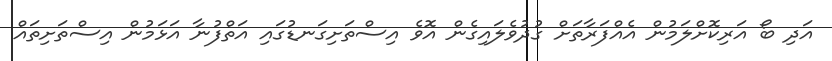
އަދި ބޯ އަރިކޮށްލަމުން އެއްފަރާތަށް ގުދުވެލައިގެން އޮވެ އިސްތަށިގަނޑުގައި އަތްފުނާ އަޅަމުން އިސްތަށިތައް